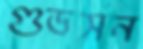
গুডসন